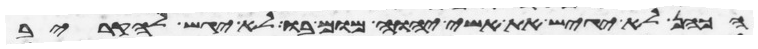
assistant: הכהן לא יגיש את אשי יהוה מום בו לא יגש להקריב